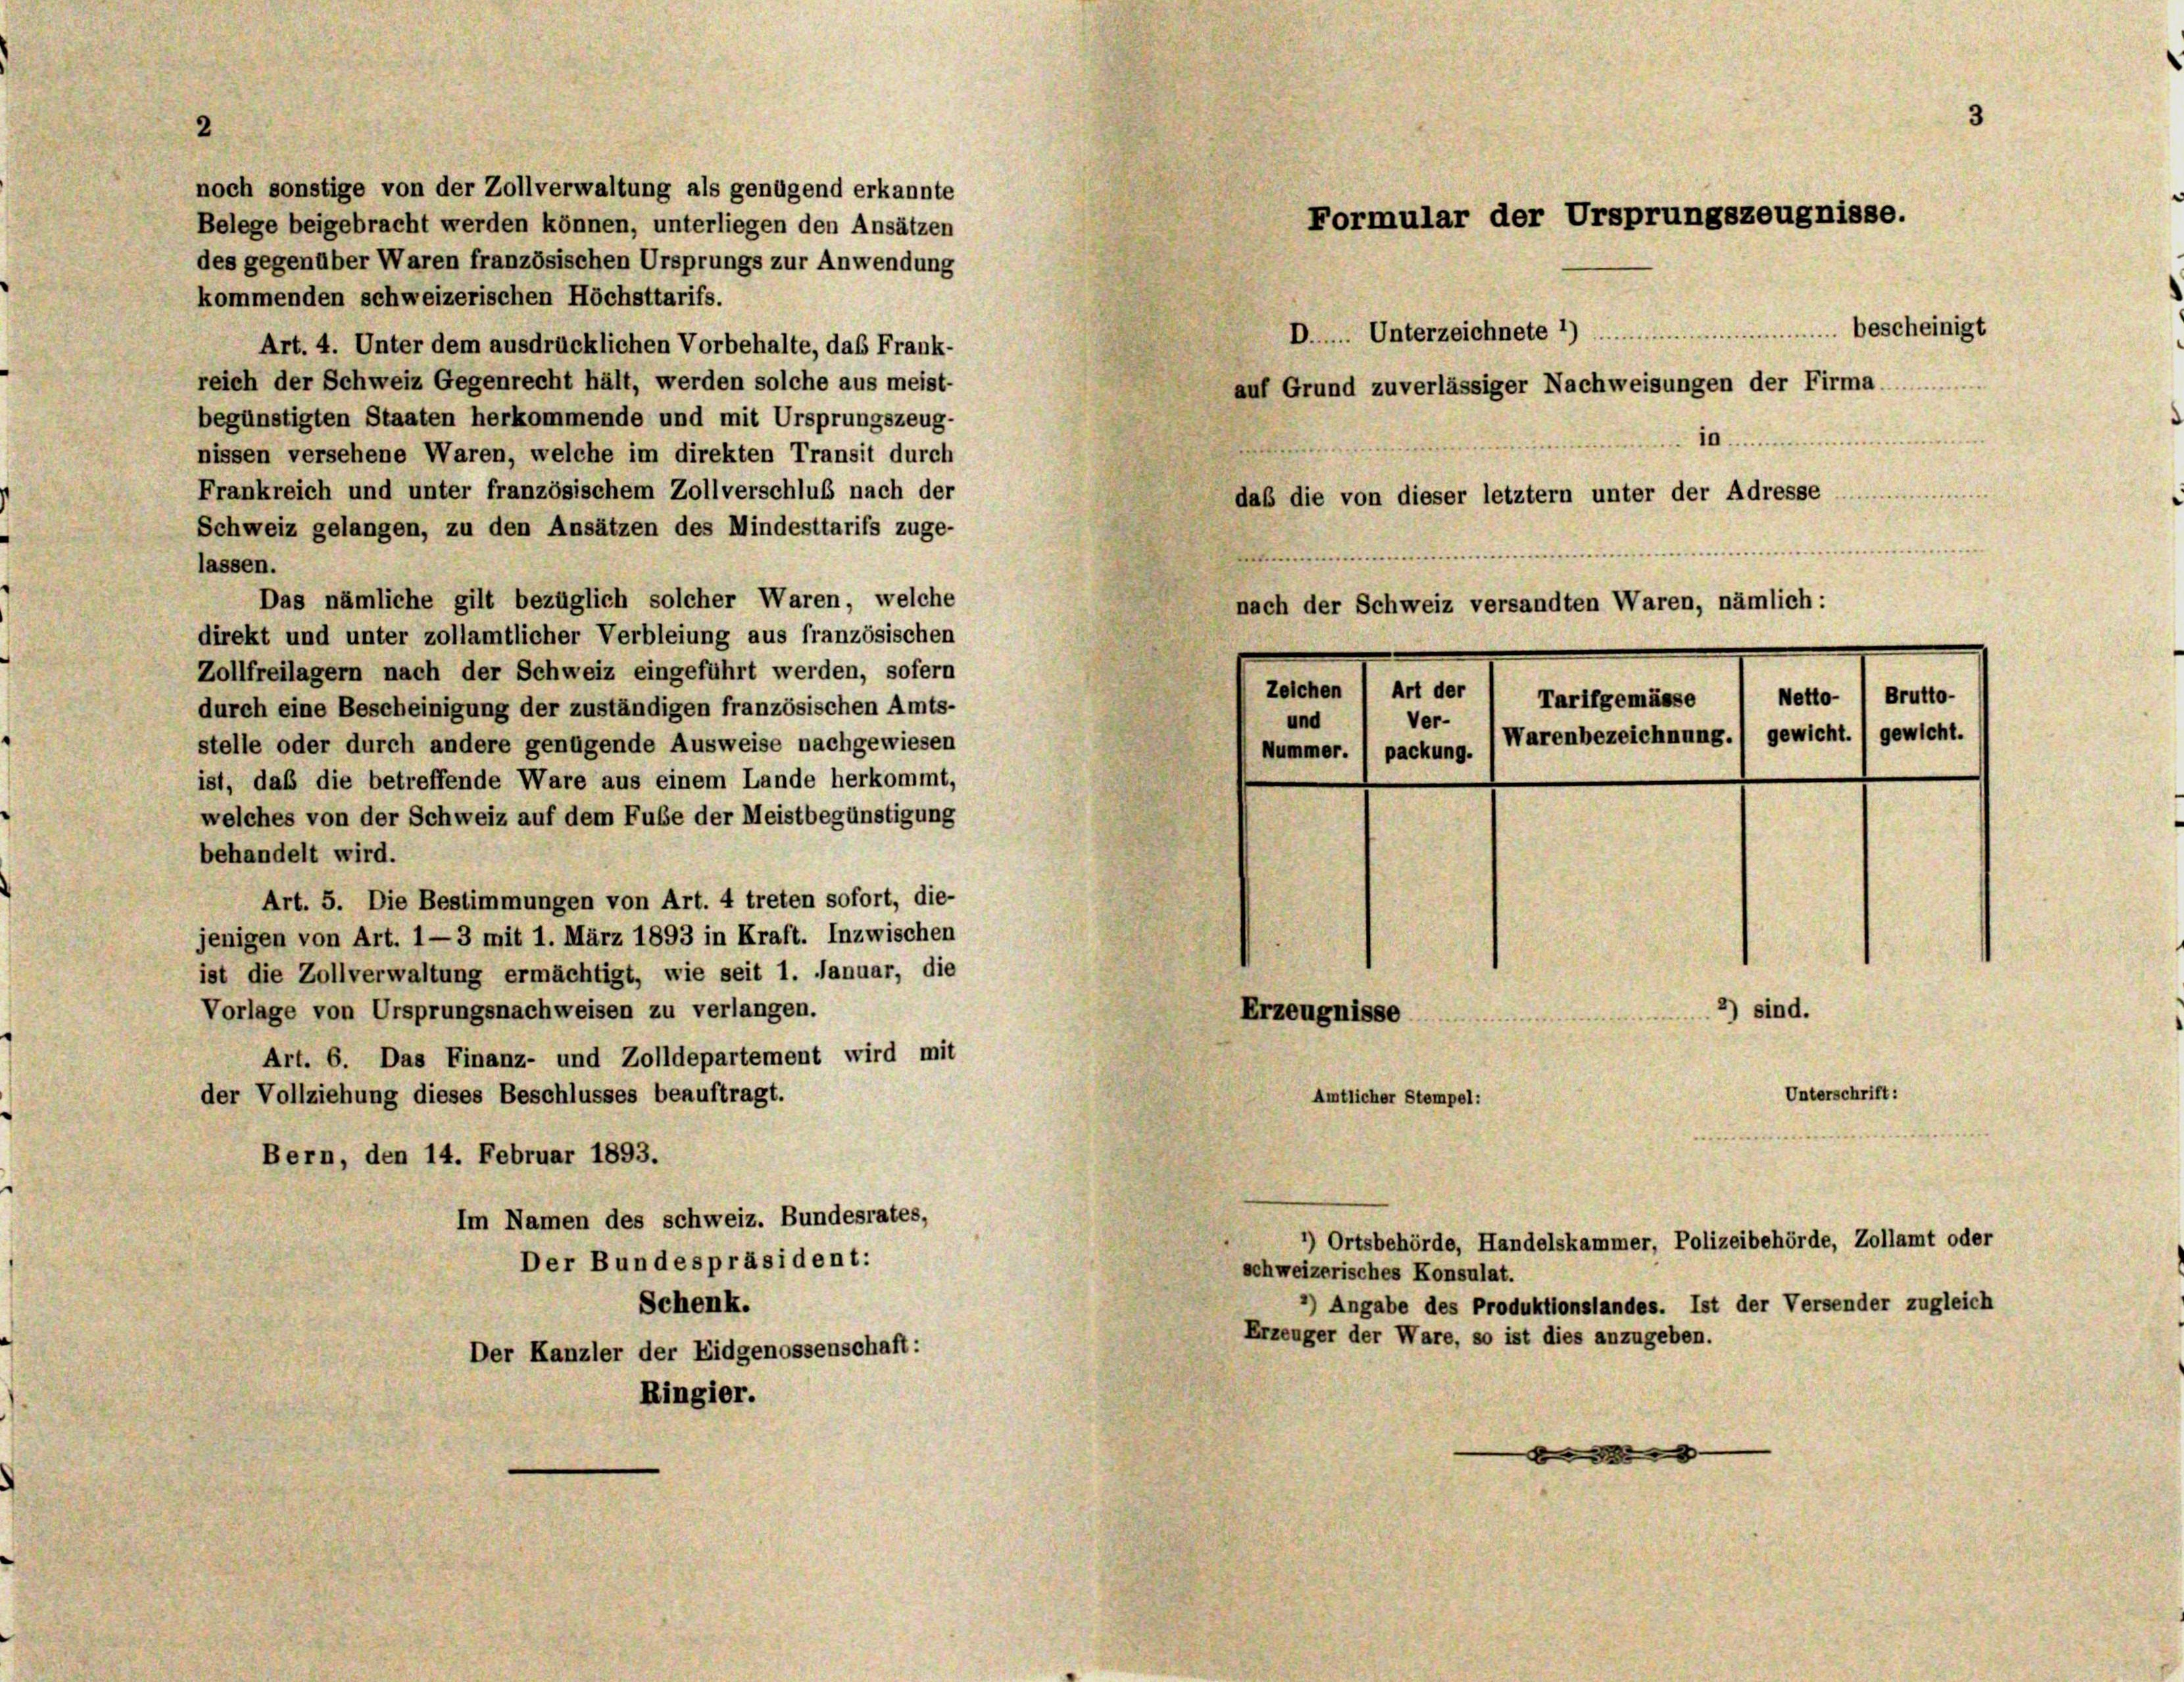
noch sonstige von der Zollverwaltung als genügend erkannte
Belege beigebracht werden können, unterliegen den Ansätzen
des gegenüber Waren französischen Ursprungs zur Anwendung
kommenden schweizerischen Höchsttarifs.
Art. 4. Unter dem ausdrücklichen Vorbehalte, das Frank-
reich der Schweiz Gegenrecht hält, werden solche aus meist-
begünstigten Staaten herkommende und mit Ursprungszeug-
nissen versehene Waren, welche im direkten Transit durch
Frankreich und unter französischem Zollverschluß nach der
Schweiz gelangen, zu den Ansätzen des Mindesttarifs zuge-
lassen.
Das nämliche gilt bezüglich solcher Waren, welche
direkt und unter zollamtlicher Verbleiung aus französischen
Zollfreilagern nach der Schweiz eingeführt werden, sofern
durch eine Bescheinigung der zuständigen französischen Amts-
stelle oder durch andere genügende Ausweise nachgewiesen
ist, daß die betreffende Ware aus einem Lande herkommt,
welches von der Schweiz auf dem Fube der Meistbegünstigung
behandelt wird.
Art. 5. Die Bestimmungen von Art. 4 treten sofort, die-
jenigen von Art. 1—3 mit 1. März 1893 in Kraft. Inzwischen
ist die Zollverwaltung ermächtigt, wie seit 1. Januar, die
Vorlage von Ursprungsnachweisen zu verlangen.
Art. 6. Das Finanz- und Zolldepartement wird mit
der Vollziehung dieses Beschlusses beauftragt.
Bern, den 14. Februar 1893.
Im Namen des schweiz. Bundesrates,
*) Ortsbehörde, Handelskammer, Polizeibehörde, Zollamt oder
Der Bundespräsident:
schweizerisches Konsulat.
Angabe des Produktionslandes. Ist der Versender zugleich
Schenk.
Erzeuger der Ware, so ist dies anzugeben.
Der Kanzler der Eidgenossenschaft:
Ringier.

Formular der Ursprungszeugnisse.

D... Unterzeichnete 1)
in.
r
daß die von dieser letztem unter der Adresse
b
nach der Schweiz versandten Waren, nämlich:
Zeichen ) Art der
Tarifgemässe 1 Metto- ) Brutto-
Ver-
und
Warenbezeichnung.) gewicht. 1 gewicht.
Nummer. ( packung.
2) sind.
Erzeugnisse
Unterschrift:
Amtlicher Stempel:

auf Grund zuverlässiger Nachweisungen der Firma

be |

bescheinigt